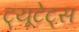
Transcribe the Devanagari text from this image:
ट्यूटेट्स